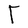
Character: T